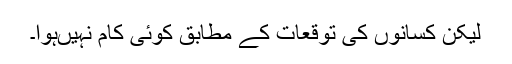
لیکن کسانوں کی توقعات کے مطابق کوئی کام نہیںہوا۔